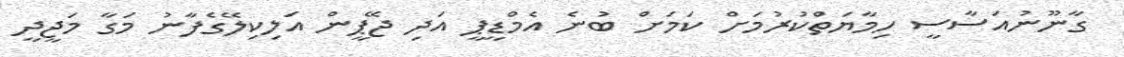
ގާނޫނުއަސާސީ ހިމާޔަތްކުރުމަށް ކަމަށް ބުނެ އެމްޑީޕީ އަދި ޖޭޕީން އަލިކިލޭގެފާނު މަގާ މަޖީދީ